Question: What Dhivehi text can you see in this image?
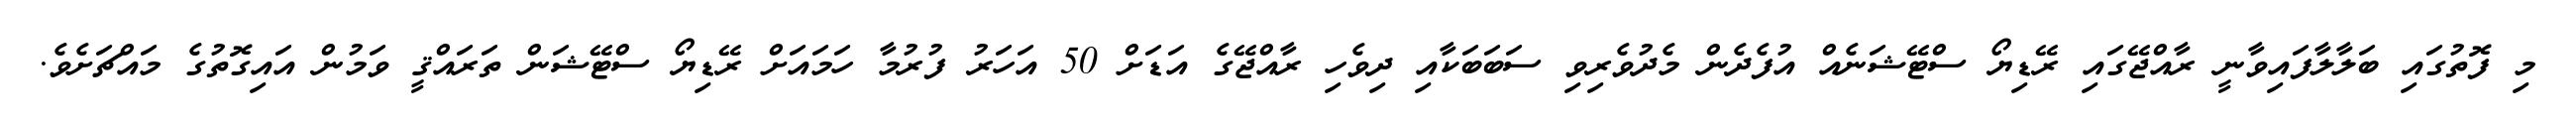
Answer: މި ފޮތުގައި ބަލާލާފައިވާނީ ރާއްޖޭގައި ރޭޑިޔޯ ސްޓޭޝަނެއް އުފެދެން މެދުވެރިވި ސަބަބަކާއި ދިވެހި ރާއްޖޭގެ އަޑަށް 50 އަހަރު ފުރުމާ ހަމައަށް ރޭޑިޔޯ ސްޓޭޝަން ތަރައްޤީ ވަމުން އައިގޮތުގެ މައްޗަށެވެ.